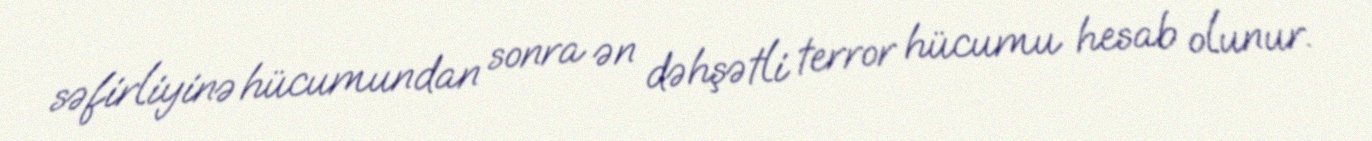
səfirliyinə hücumundan sonra ən dəhşətli terror hücumu hesab olunur.